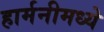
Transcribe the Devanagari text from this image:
हार्मनीमध्ये